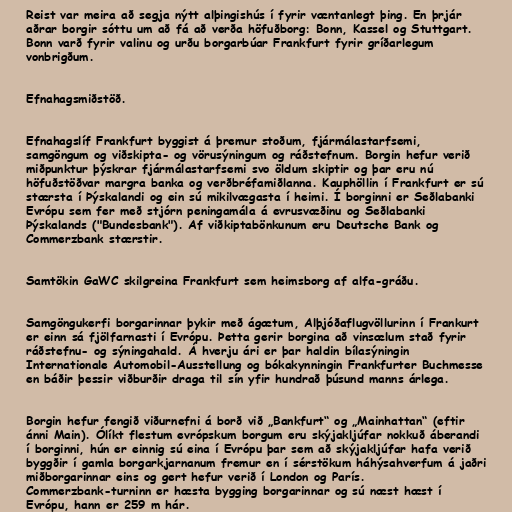
Reist var meira að segja nýtt alþingishús í fyrir væntanlegt þing. En þrjár
aðrar borgir sóttu um að fá að verða höfuðborg: Bonn, Kassel og Stuttgart.
Bonn varð fyrir valinu og urðu borgarbúar Frankfurt fyrir gríðarlegum
vonbrigðum.

Efnahagsmiðstöð.

Efnahagslíf Frankfurt byggist á þremur stoðum, fjármálastarfsemi,
samgöngum og viðskipta- og vörusýningum og ráðstefnum. Borgin hefur verið
miðpunktur þýskrar fjármálastarfsemi svo öldum skiptir og þar eru nú
höfuðstöðvar margra banka og verðbréfamiðlanna. Kauphöllin í Frankfurt er sú
stærsta í Þýskalandi og ein sú mikilvægasta í heimi. Í borginni er Seðlabanki
Evrópu sem fer með stjórn peningamála á evrusvæðinu og Seðlabanki
Þýskalands ("Bundesbank"). Af viðkiptabönkunum eru Deutsche Bank og
Commerzbank stærstir.

Samtökin GaWC skilgreina Frankfurt sem heimsborg af alfa-gráðu.

Samgöngukerfi borgarinnar þykir með ágætum, Alþjóðaflugvöllurinn í Frankurt
er einn sá fjölfarnasti í Evrópu. Þetta gerir borgina að vinsælum stað fyrir
ráðstefnu- og sýningahald. Á hverju ári er þar haldin bílasýningin
Internationale Automobil-Ausstellung og bókakynningin Frankfurter Buchmesse
en báðir þessir viðburðir draga til sín yfir hundrað þúsund manns árlega.

Borgin hefur fengið viðurnefni á borð við „Bankfurt“ og „Mainhattan“ (eftir
ánni Main). Ólíkt flestum evrópskum borgum eru skýjakljúfar nokkuð áberandi
í borginni, hún er einnig sú eina í Evrópu þar sem að skýjakljúfar hafa verið
byggðir í gamla borgarkjarnanum fremur en í sérstökum háhýsahverfum á jaðri
miðborgarinnar eins og gert hefur verið í London og París.
Commerzbank-turninn er hæsta bygging borgarinnar og sú næst hæst í
Evrópu, hann er 259 m hár.